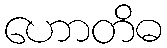
ဟောတိဓ